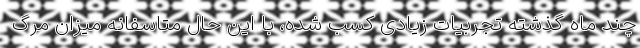
چند ماه گذشته تجربیات زیادی کسب شده، با این حال متاسفانه میزان مرگ